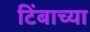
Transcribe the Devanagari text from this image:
टिंबाच्या